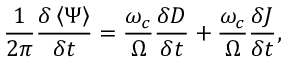
\frac { 1 } { 2 \pi } \frac { \delta \left\langle \Psi \right\rangle } { \delta t } = \frac { \omega _ { c } } { \Omega } \frac { \delta D } { \delta t } + \frac { \omega _ { c } } { \Omega } \frac { \delta J } { \delta t } ,